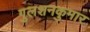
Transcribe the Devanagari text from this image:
गुलशनकुमार